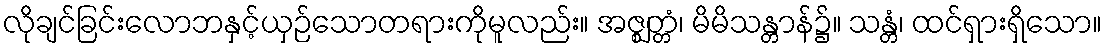
လိုချင်ခြင်းလောဘနှင့်ယှဉ်သောတရားကိုမူလည်း။ အဇ္ဈတ္တံ၊ မိမိသန္တာန်၌။ သန္တံ၊ ထင်ရှားရှိသော။